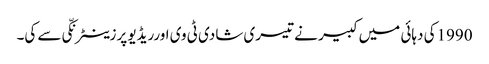
1990کی دہائی میں کبیر نے تیسری شادی ٹی وی اورریڈیو پرزینٹرنکّی سے کی۔